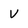
Character: V